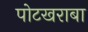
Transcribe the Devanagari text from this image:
पोटखराबा